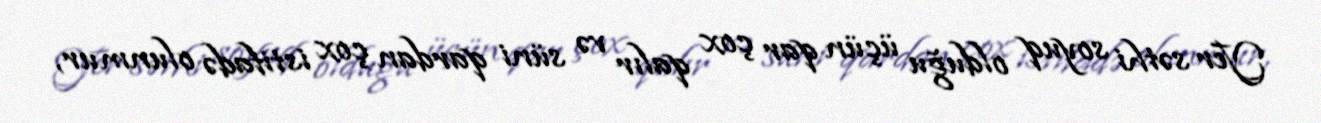
Yer səthi soyuq olduğu üçün qar çox qalır və süni qardan çox istifadə olunmur,